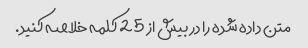
متن داده شده را در بیش از 25 کلمه خلاصه کنید.